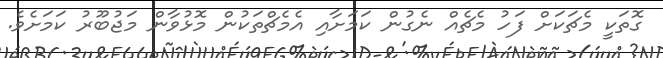
ގޮތަކީ މެޗަކަށް ފަހު މެޗެއް ނެގުން ކަމަށާއި އެމެޗްތަކުން މޮޅުވާން މަޖުބޫރު ކަމަށެވެ.